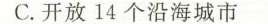
C.开放14个沿海城市